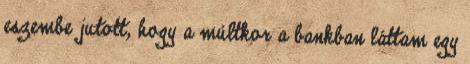
eszembe jutott, hogy a múltkor a bankban láttam egy